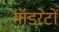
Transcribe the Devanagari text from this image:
मॉडरेटों